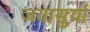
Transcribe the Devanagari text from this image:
जयासुर्या